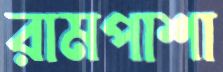
রামপাশা